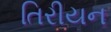
તિરીયન